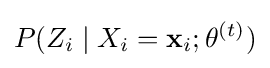
P(Z_{i}\mid X_{i}=\mathbf {x} _{i};\theta ^{(t)})